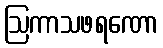
ဩကာသဖရဏော